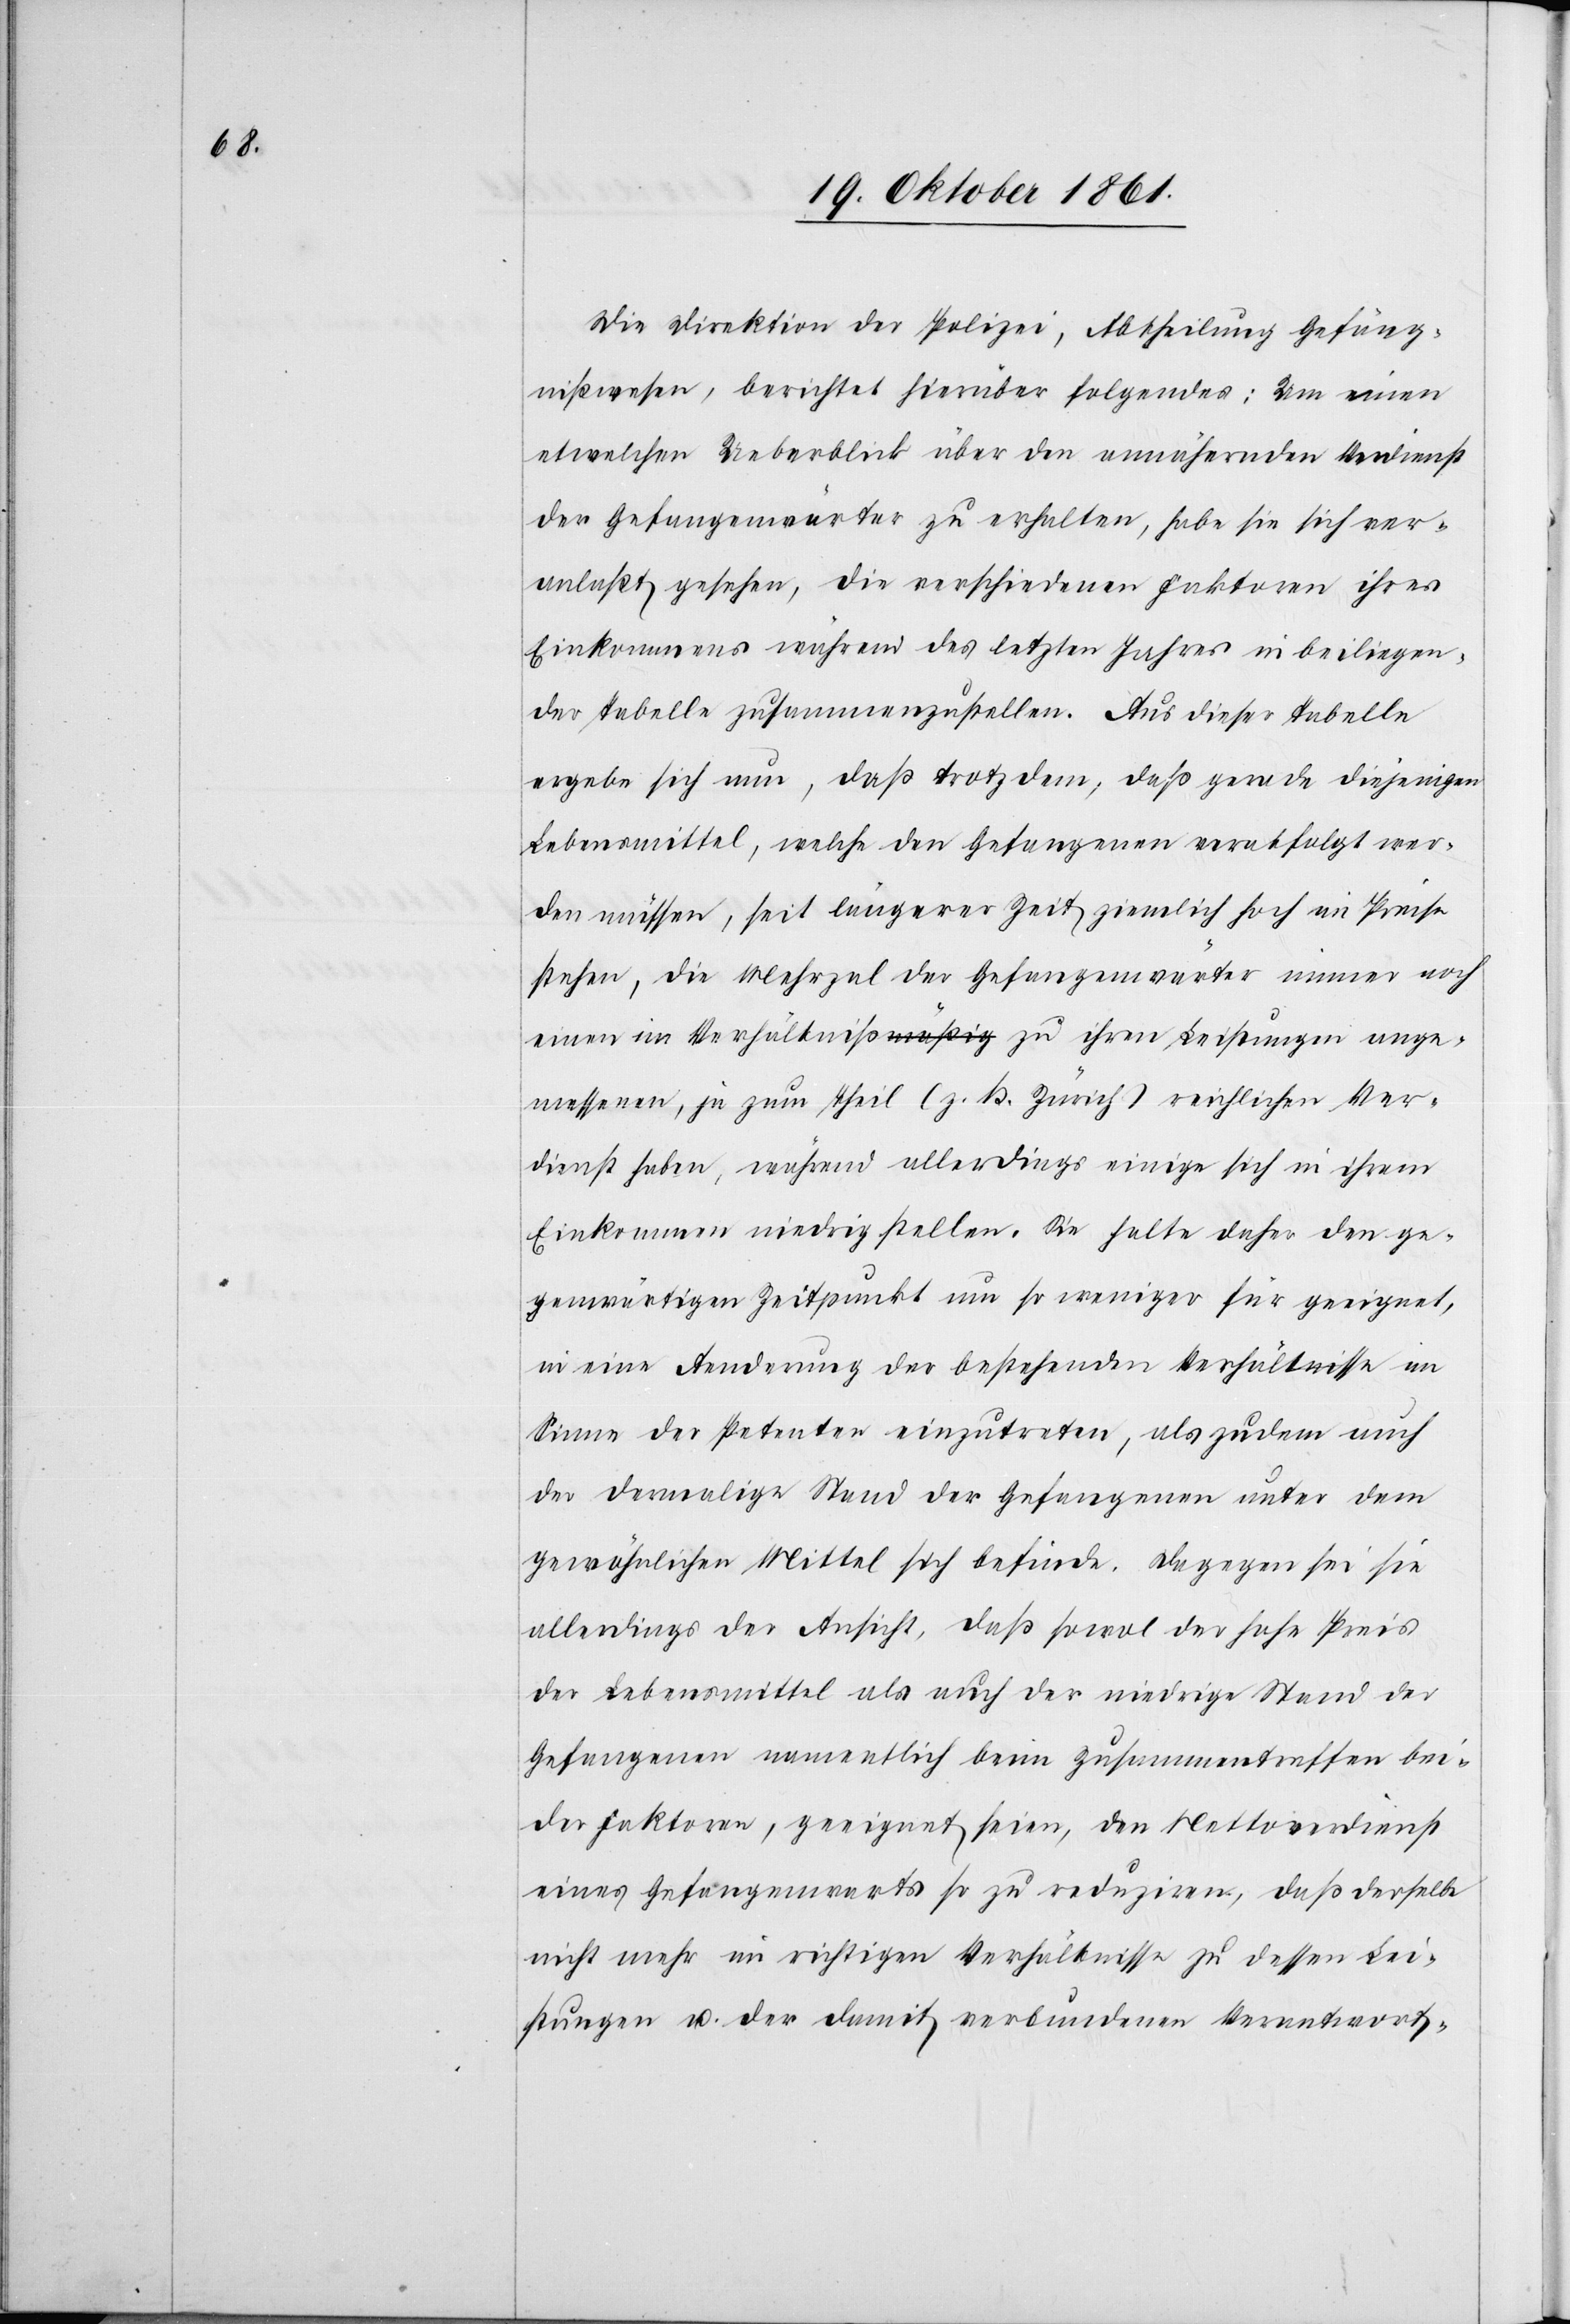
Die Direktion der Polizei, Abtheilung Gefäng¬
nißwesen, berichtet hierüber folgendes: Um einen
etwelchen Ueberblick über den annähernden Verdienst
der Gefangenenwärter zu erhalten, habe sie sich ver¬
anlaßt gesehen, die verschiedenen Faktoren ihres
Einkommens während des letzten Jahres in beiliegen¬
der Tabelle zusammenzustellen. Aus dieser Tabelle
ergebe sich nun, daß trotzdem, daß gerade diejenigen
Lebensmittel, welchen den Gefangenen verabfolgt wer¬
den müssen, seit längerer Zeit ziemlich hoch im Preise
stehen, die Mehrzal der Gefangenenwärter immer noch
einen im Verhältniß zu ihren Leistungen ange¬
messenen, je zum Theil (z. B. Zürich) reichlichen Ver¬
dienst haben, während allerdings einige sich in ihrem
Einkommen niedrig stellen. Sie halte daher den ge¬
genwärtigen Zeitpunkt um so weniger für geeignet,
in eine Aenderung der bestehenden Verhältnisse im
Sinne der Petenten einzutreten, als zudem auch
der damalige Stand der Gefangenen unter dem
gewöhnlichen Mittel sich befinde. Dagegen sei sie
allerdings der Ansicht, daß sowol der hohe Preis
der Lebensmittel als auch der niedrige Stand der
Gefangenen namentlich beim Zusammentreffen bei¬
der Faktoren, geeignet seien, den Nettoverdienst
eines Gefangenenwarts so zu reduziren, daß derselbe
nicht mehr in richtigem Verhältnisse zu dessen Lei¬
stungen u. der damit verbundenen Verantwort-